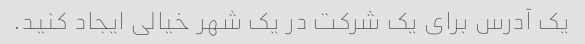
یک آدرس برای یک شرکت در یک شهر خیالی ایجاد کنید.